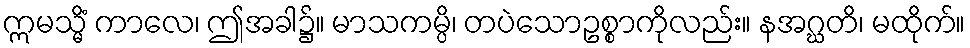
ဣမသ္မိံ ကာလေ၊ ဤအခါ၌။ မာသကမ္ပိ၊ တပဲသောဥစ္စာကိုလည်း။ နအဂ္ဃတိ၊ မထိုက်။